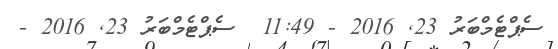
ސެޕްޓެމްބަރު 23